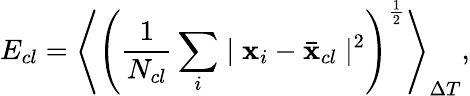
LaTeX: E_{cl}=\left<\left(\frac{1}{N_{cl}}\sum_{i}\mid\mathbf{x}_{i}-\bar{\mathbf{x}}_{cl}\mid^{2}\right)^{\frac{1}{2}}\right>_{\Delta T},